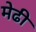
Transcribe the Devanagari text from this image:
मेढी